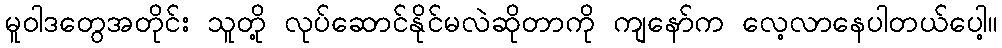
မူဝါဒတွေအတိုင်း သူတို့ လုပ်ဆောင်နိုင်မလဲဆိုတာကို ကျနော်က လေ့လာနေပါတယ်ပေါ့။